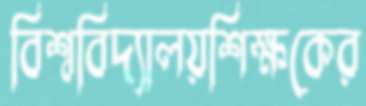
বিশ্ববিদ্যালয়শিক্ষকের